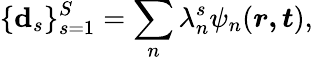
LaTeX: \{ \mathbf{d}_{s}\} _{s=1}^{S}=\sum_{n}\lambda_{n}^{s}\psi_{n}(\boldsymbol{r,t}),